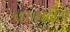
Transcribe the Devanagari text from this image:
बचपनमे